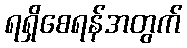
ရရှိစေရန်အတွက်